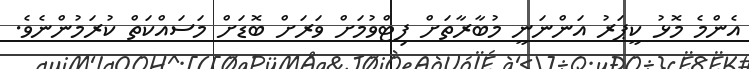
އެންމެ މޮޅު ކީޕަރު އަންނަނީ މުބާރާތަށް ފިޓްވުމަށް ވަރަށް ބޮޑަށް މަސައްކަތް ކުރަމުންނެވެ.